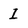
Character: I